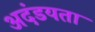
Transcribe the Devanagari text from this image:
अदंडयता